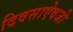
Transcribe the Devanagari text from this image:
दिवसाऐवजी